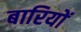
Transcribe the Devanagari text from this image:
बारियों